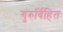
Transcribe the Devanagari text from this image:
गुरुर्विहितः